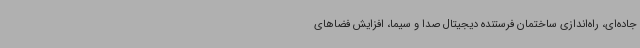
جاده‌ای، راه‌اندازی ساختمان فرستنده دیجیتال صدا و سیما، افزایش فضاهای